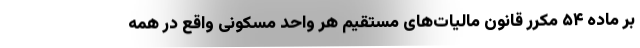
بر ماده ۵۴ مکرر قانون مالیات‌های مستقیم هر واحد مسکونی واقع در همه